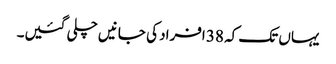
یہاں تک کہ 38 افراد کی جانیں چلی گئیں۔